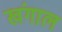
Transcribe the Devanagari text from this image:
खंगाल